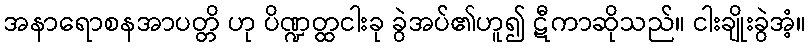
အနာရောစနအာပတ္တိ ဟု ပိဏ္ဍတ္ထငါးခု ခွဲအပ်၏ဟူ၍ ဋီကာဆိုသည်။ ငါးချိုးခွဲအံ့။